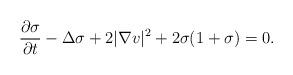
LaTeX: \begin{align*}\frac{\partial \sigma}{\partial t}-\Delta \sigma +2|\nabla v|^2 +2\sigma(1+\sigma)=0. \end{align*}